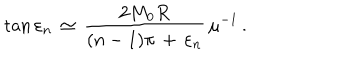
\tan \varepsilon _ { n } \, \simeq \, \frac { 2 M _ { 0 } R } { ( n - 1 ) \pi \, + \, \varepsilon _ { n } } \, \mu ^ { - 1 } \, { . }